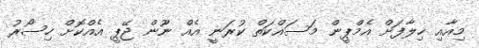
މިއާއި ޚިލާފަށް އެމްޕީން މަސައްކަތް ކުރަނީ އެއް ނޫން ޖޭޕީ އެއްކޮށް ހިސޯރު